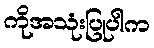
ကိုအသုံးပြုပါက